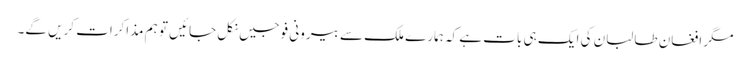
مگر افغان طالبان کی ایک ہی بات ہے کہ ہمارے ملک سے بیرونی فوجیں نکل جائیں تو ہم مذاکرات کریں گے۔